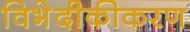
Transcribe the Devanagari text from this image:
विभेदीकीकरण